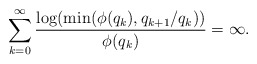
\begin{align*}\sum_{k=0}^{\infty}\frac{\log(\min(\phi(q_k),q_{k+1}/q_k))}{\phi(q_k)}=\infty.\end{align*}